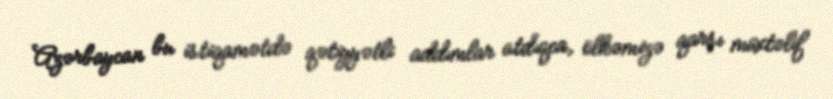
Azərbaycan bu istiqamətdə qətiyyətli addımlar atdıqca, ölkəmizə qarşı müxtəlif